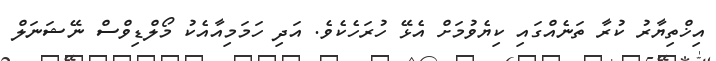
އިޚްތިޔާރު ކުރާ ތަނެއްގައި ކިޔެވުމަށް އެޅޭ ހުރަހެކެވެ. އަދި ހަމަމިއާއެކު މޯލްޑިވްސް ނޭޝަނަލް